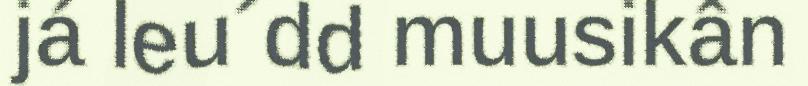
já leu´dd muusikân